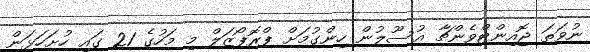
ނުވަތަ ޖޮއިންޓްވެންޗާ އުސޫލުން ހިންގުމަށް ޕްރޮޕޯޒަލް މި މަހުގެ 21 ގައި ހުށަހަޅަން